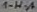
Text: 1-H-A